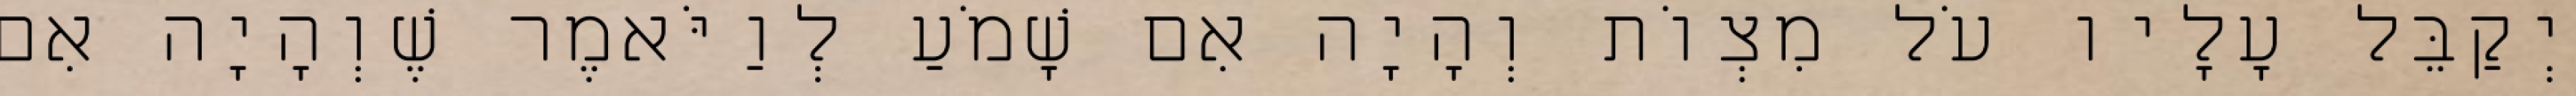
יְקַבֵּל עָלָיו עֹל מִצְוֹת וְהָיָה אִם שָׁמֹעַ לְוַיֹּאמֶר שֶׁוְהָיָה אִם